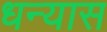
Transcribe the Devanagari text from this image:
धन्यास